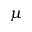
\mu